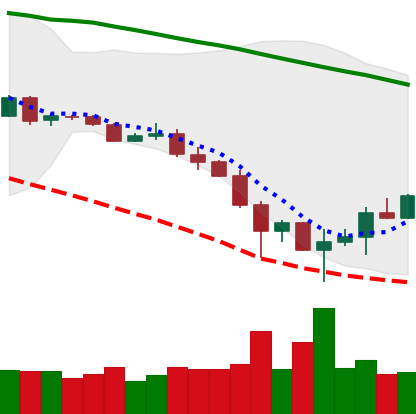
Ticker: BTC-USD
Chart end date: 2019-11-29
Forward return: -6.561%
Label: down_5_7